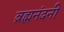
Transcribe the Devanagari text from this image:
ब्रह्मनंदनी